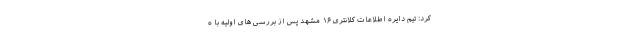
کرد: تیم دایره اطلاعات کلانتری ۱۶ مشهد پس از بررسی های اولیه با ه